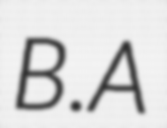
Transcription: B.A